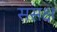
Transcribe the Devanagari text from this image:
ससक्ष